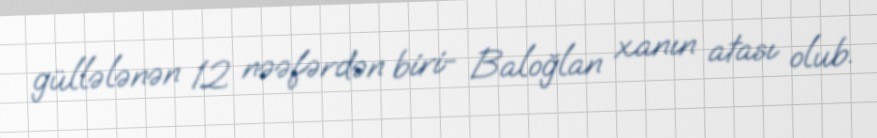
güllələnən 12 nəəfərdən biri- Baloğlan xanın atası olub.